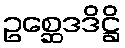
ဥစ္ဆေဒဒိဋ္ဌိ